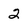
Character: 2